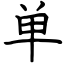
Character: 单